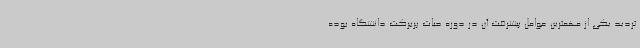
تردید یکی از مهمترین عوامل پیشرفت آن در دوره حیات پربرکت دانشگاه بوده